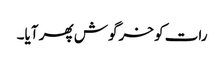
رات کو خرگوش پھر آیا۔